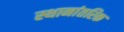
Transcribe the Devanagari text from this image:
स्थानांतरिक